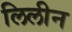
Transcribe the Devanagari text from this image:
लिलीन